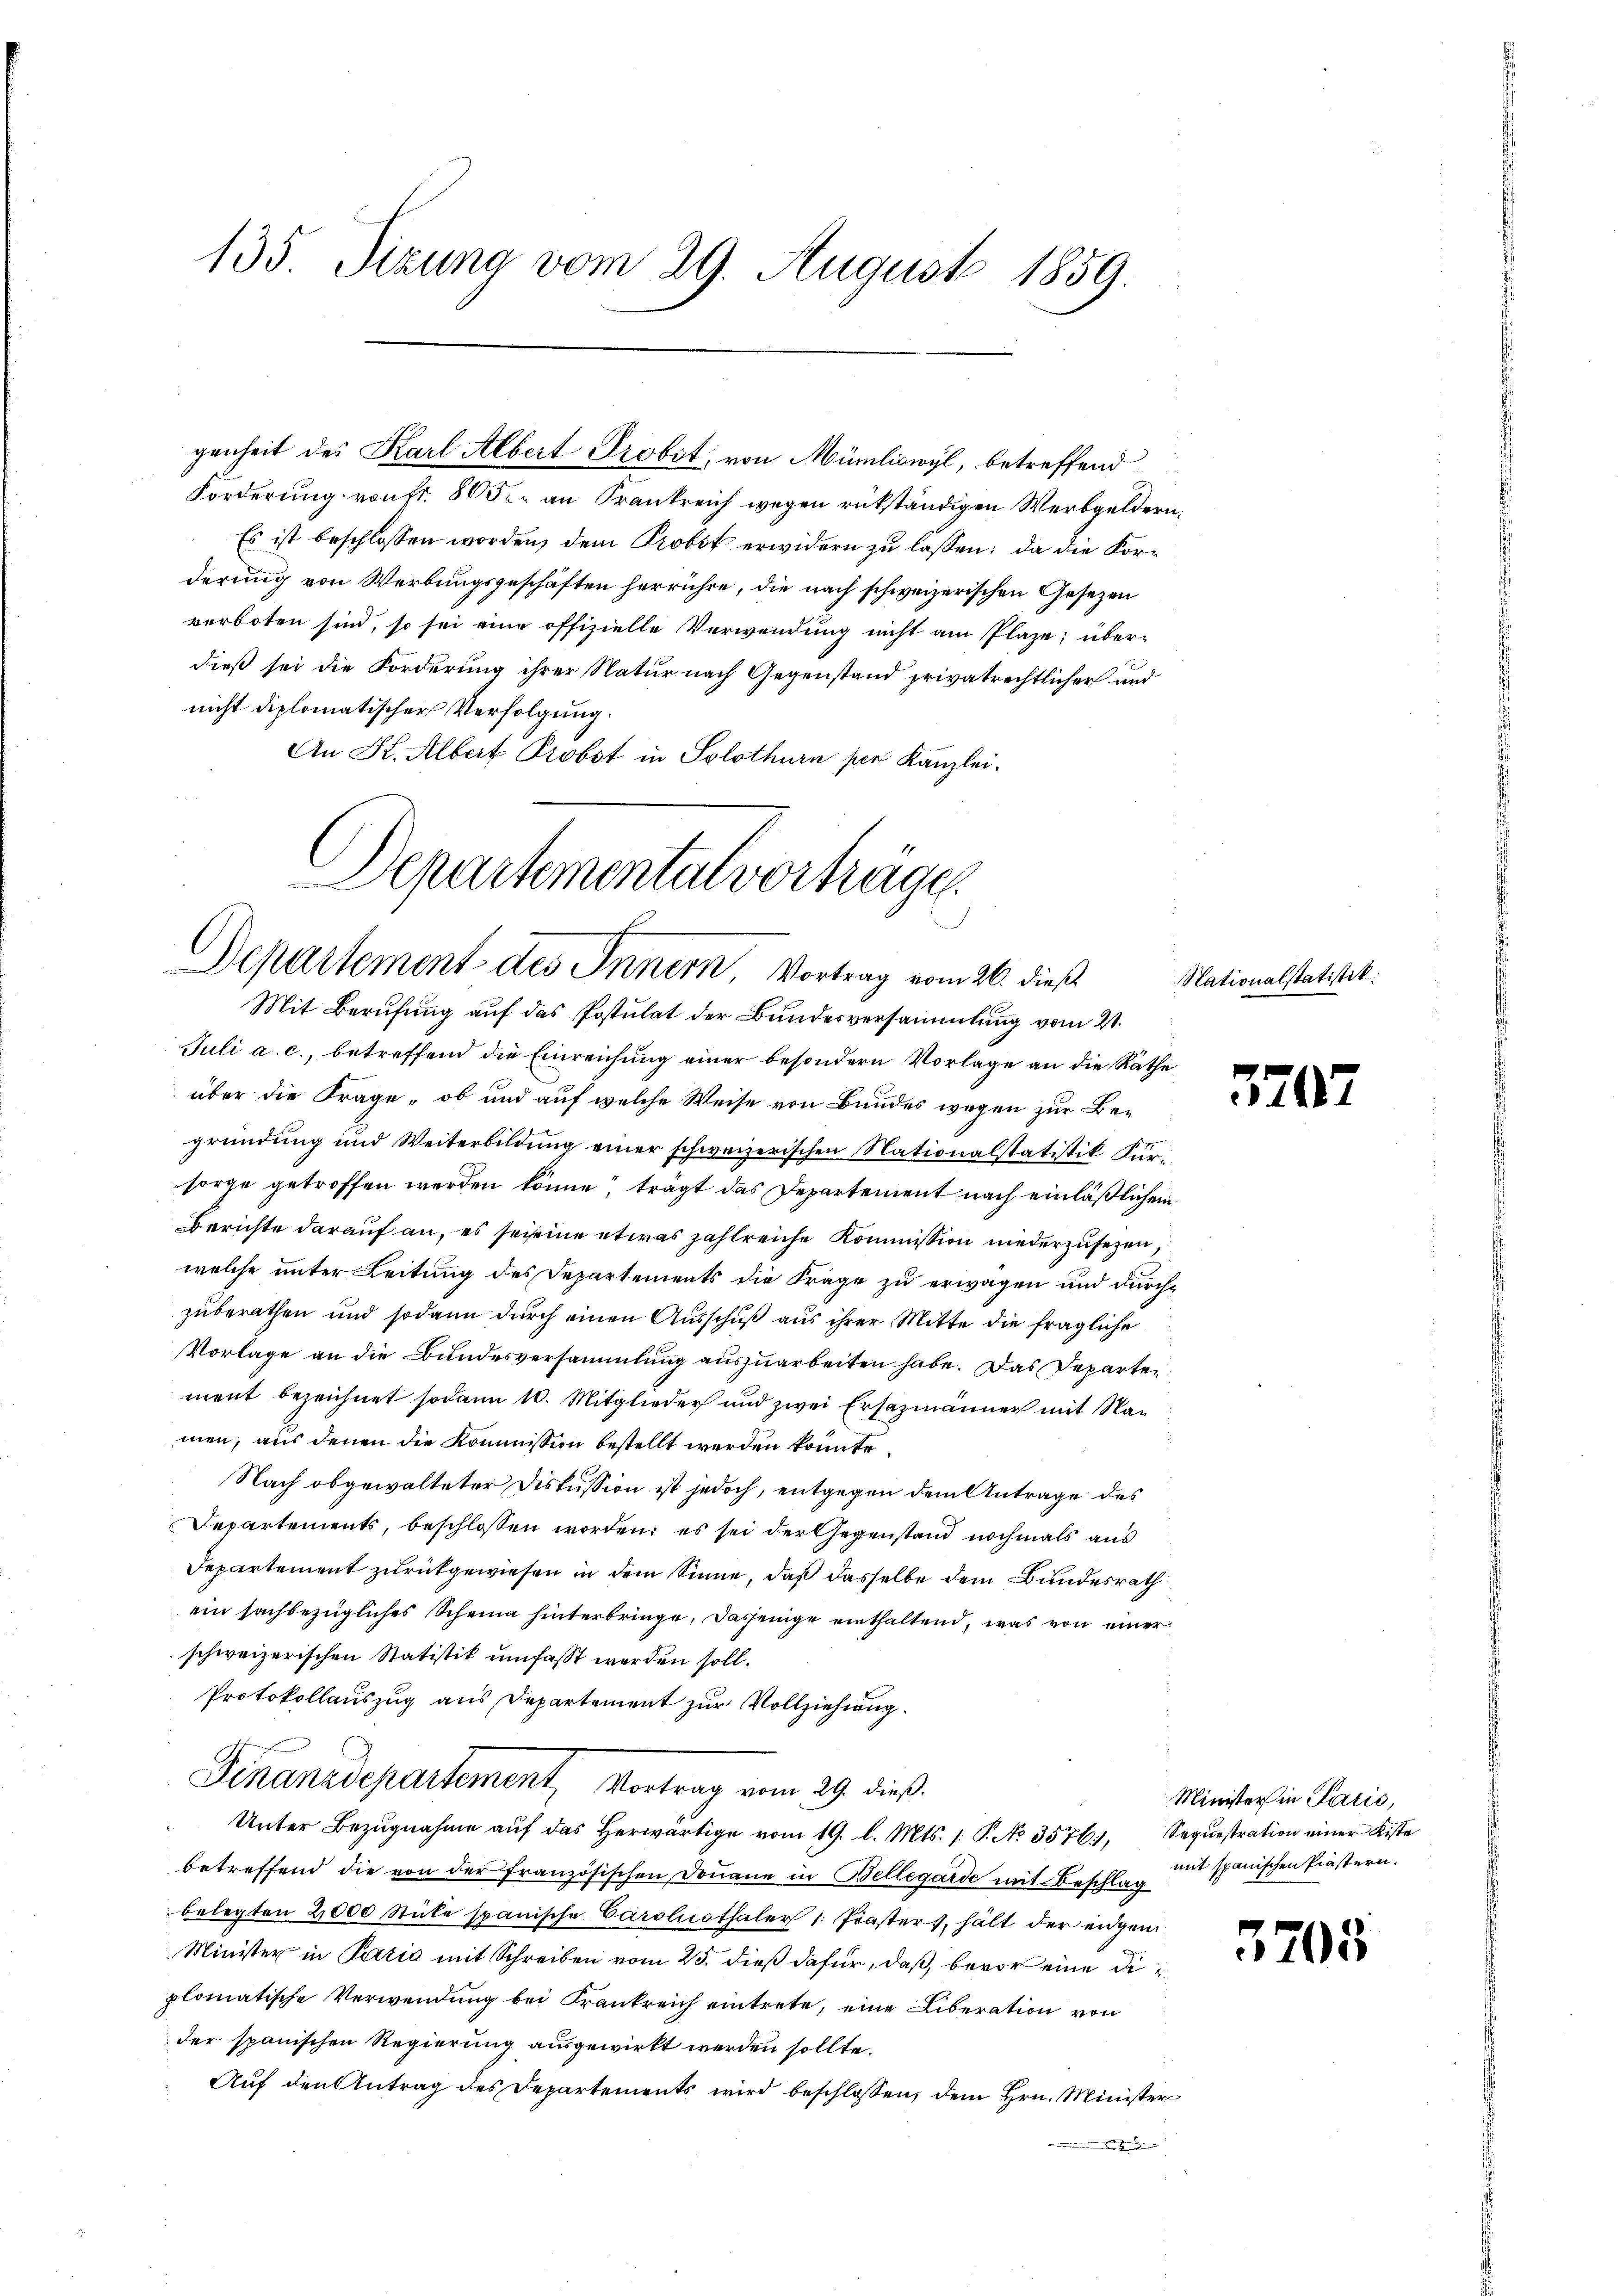
135 Sizung vom 29. August 1859.

Forderung von Fr. 805. an Frankreich wegen rükständigen Werbgeldern,
Es ist beschlossen worden, dem Probst erwidern zu lassen: da die Korderung von Werbungsgeschäften herrühre, die nach schweizerischen Gesezen
verboten sind, so sei eine offizielle Verwendung nicht am Plaze; über-
dieß sei die Forderung ihrer Natur nach Gegenstand privatrechtlicher und
nicht diplomatischer Verfolgung.
An Kt. Albert Probst in Solothurn per Kanzlei.

genheit des Karl Albert Probst, von Müriliswyl, betreffend

Departementalverhäger
Departement des Innern, Vortrag vom 26. dieß
Mit Berufung auf das Postulat der Bundesversammlung vom 21.

Juli a. c., betreffend die Einreichung einer besondern Vorlage an die Räthe
über die Frage, ob und auf welche Weise von Bundes wegen zur Begründung und Weiterbildung einer schweizerischen Nationalstatistik Fursorge getroffen werden könne, trägt das Departement nach einläßlichen
Berichte darauf an, es sei eine etwas zahlreiche Kommission niederzusezen,
welche unter Leitung des Departements die Frage zu erwagen und durchzuberathen und sodann durch einen Ausschuß aus ihrer Mitte die fragliche
Vorlage an die Bundesversammlung auszuarbeiten habe. Das Departen
ment bezeichnet sodann 10. Mitglieder und zwei Ersazmänner mit Namen, aus denen die Kommission bestellt werden könnte.
Nach abgewalteter Diskussion ist jedoch, entgegen dem Antrage des
Departements, beschlossen worden; es sei der Gegenstand nochmals aus
Departement zurückgewiesen in dem Sinne, daß dasselbe dem Bundesrath
ein sachbezügliches Scheina hinterbringe, dasjenige einthaltend, was von einer
schweizerischen Statistik umfasst werden soll.
Protokollauszug aus Departement zur Vollziehung.
Finanzdepartement, Vortrag vom 29. dieß.
Unter Bezŭgnahme aŭf das herwärtige vom 19. l. Mts. 1. P. No. 3576, Sequestration einer Kiste
betreffend die von der französischen Donaue in Bellegarde mit Beschlag
belegten 2,000 Stüke spanische Carolinsthaler 1. Prasters, hält der eidgen
Minister in Pazić mit Schreiben vom 25. dieß dafür, daß, bevor eine Diplomatische Verwendung bei Frankreich eintrete, eine Liberation von
der spanischen Regierung ausgewirkt werden sollte.
Auf den Antrag des Departements wird beschlossen, dem Hrn. Minister

Nationalstatistik.

5707

Minister in Parić,
mit spanischen Prastern.

3705